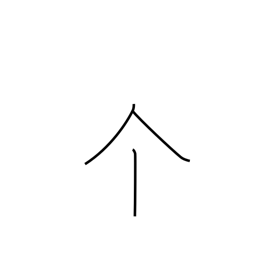
Meaning: individual